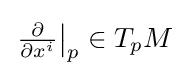
{\textstyle \left.{\frac {\partial }{\partial x^{i}}}\right|_{p}\in T_{p}M}